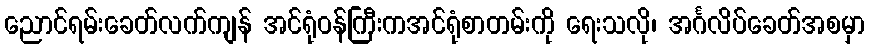
ညောင်ရမ်းခေတ်လက်ကျန် အင်ရုံဝန်ကြီးကအင်ရုံစာတမ်းကို ရေးသလို၊ အင်္ဂလိပ်ခေတ်အစမှာ